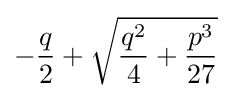
-{\frac {q}{2}}+{\sqrt {{\frac {q^{2}}{4}}+{\frac {p^{3}}{27}}}}